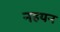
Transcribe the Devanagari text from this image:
नहयन